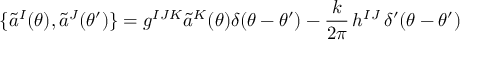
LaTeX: \{ \widetilde { a } ^ { I } ( \theta ) , \widetilde { a } ^ { J } ( \theta ^ { \prime } ) \} = g ^ { I J K } \widetilde { a } ^ { K } ( \theta ) \delta ( \theta - \theta ^ { \prime } ) - \frac { k } { 2 \pi } \, h ^ { I J } \, \delta ^ { \prime } ( \theta - \theta ^ { \prime } )